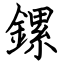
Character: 鏍